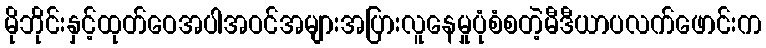
မိုဘိုင်းနှင့်ထုတ်ဝေအပါအဝင်အများအပြားလူနေမှုပုံစံစတဲ့မီဒီယာပလက်ဖောင်းက